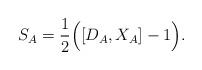
LaTeX: \begin{align*}S_{A}=\frac{1}{2}\Big([D_{A},X_{A}]-1\Big).\end{align*}